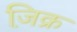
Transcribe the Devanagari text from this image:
जि़क्र